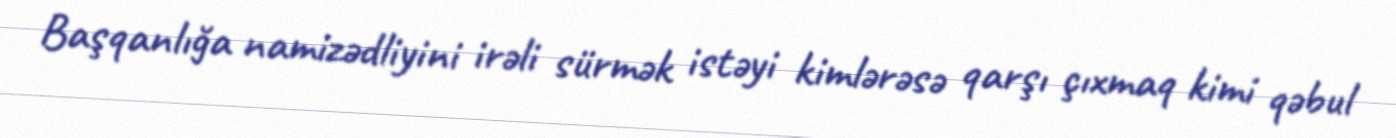
Başqanlığa namizədliyini irəli sürmək istəyi kimlərəsə qarşı çıxmaq kimi qəbul